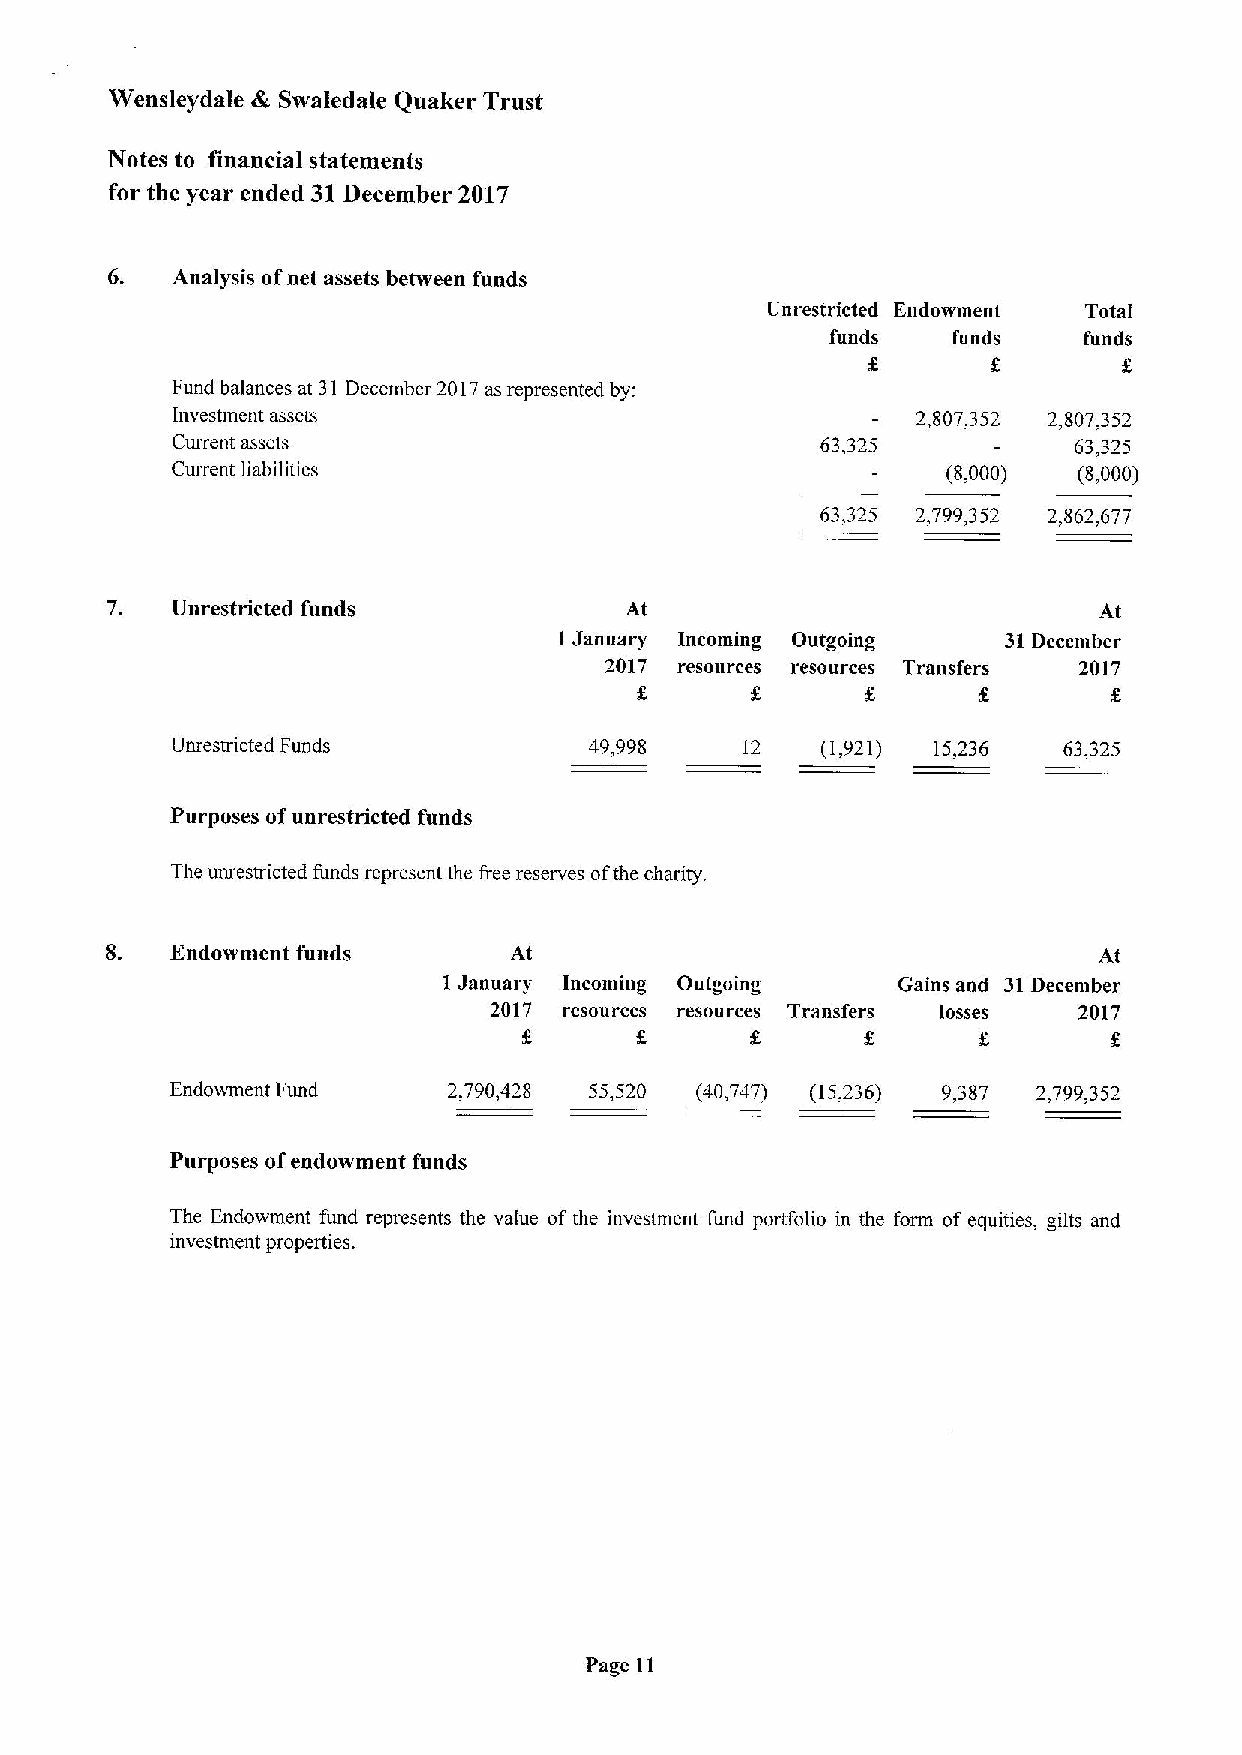
Wensleydale d'c Swaledale Quaker Trust
 Notes to financial statements
 for the year ended 31December 2017
 6.  Analysis ofnet assets between funds
 Unrestricted Endowment Total
 funds   funds    funds
 Fund balances at 31 December 2017as represented by:
 Investment assets                                 2,807,352 2,807,352
 Current assets                             63,325           63,325
 Current liabilities                                 (8,000) (8,000)
 63,325 2,799,352 2,862,677
 7.  Unrestricted funds            At                              At
 I January Incoming Outgoing   31December
 2017 resources resources Transfers 2017
 Unrestricted Funds          49,998    12   (1,921) 15,236  63,325
 Purposes ofunrestricted funds
 The unrestricted funds represent the free reserves ofthe charity.
 8.  Endowment funds        At                                     At
 I January Incoming Outgoing   Gains and 31December
 2017 resources resources Transfers losses 2017
 Endowment Fund     2,790,428 55,520 (40,747) (15,236) 9,387 2,799,352
 Purposes ofendowment funds
 The Endowment fund represents the value of the investment fund portfolio in the form of equities, gilts and
 investment properties.
 Page 11